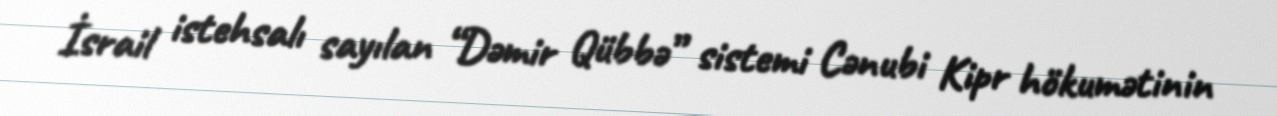
İsrail istehsalı sayılan “Dəmir Qübbə” sistemi Cənubi Kipr hökumətinin